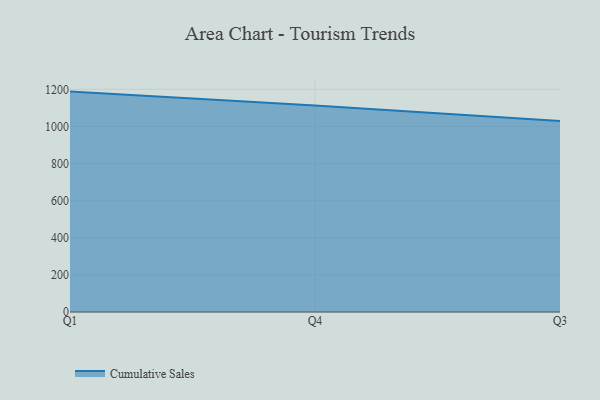
{"axis": {"x": "Quarter", "y": "Conversion Rate (%)"}, "legend": ["Cumulative Sales"], "data": [{"x": "Q1", "y": 1187.8, "type": "Cumulative Sales"}, {"x": "Q4", "y": 1112.6, "type": "Cumulative Sales"}, {"x": "Q3", "y": 1029.1, "type": "Cumulative Sales"}]}